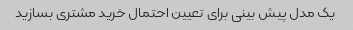
یک مدل پیش بینی برای تعیین احتمال خرید مشتری بسازید